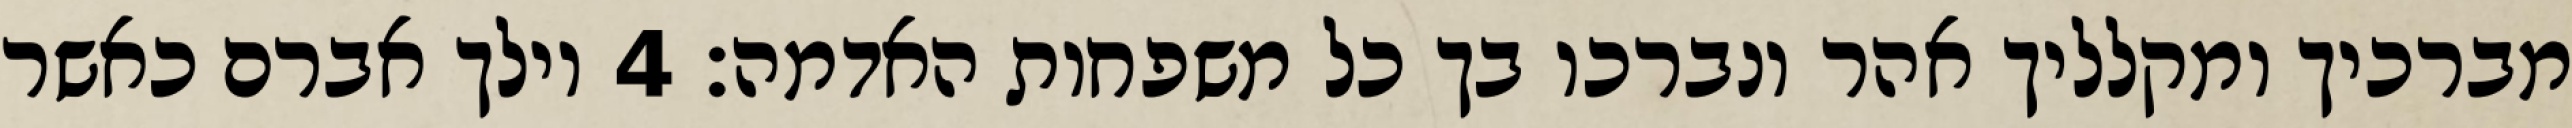
מברכיך ומקלליך אהר ונברכו בך כל משפחות האדמה׃ ‎4‏ וילך אברם כאשר